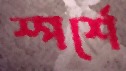
স্পর্শে